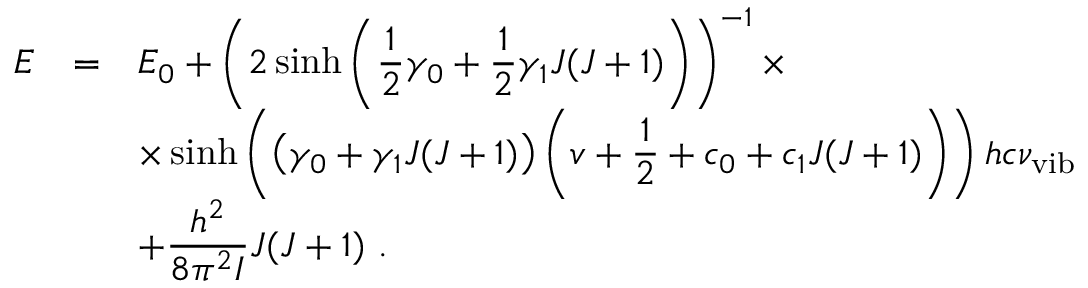
\begin{array} { r c l } { { E } } & { { = } } & { { E _ { 0 } + \left( \displaystyle 2 \sinh \left( { \frac { 1 } { 2 } } \gamma _ { 0 } + { \frac { 1 } { 2 } } \gamma _ { 1 } J ( J + 1 ) \right) \right) ^ { - 1 } \times } } \\ { { } } & { { } } & { { \times \sinh \left( \left( \displaystyle \gamma _ { 0 } + \gamma _ { 1 } J ( J + 1 ) \right) \left( v + { \frac { \displaystyle 1 } { \displaystyle 2 } } + c _ { 0 } + c _ { 1 } J ( J + 1 ) \right) \right) h c \nu _ { \mathrm { v i b } } } } \\ { { } } & { { } } & { { + \displaystyle \frac { h ^ { 2 } } { 8 \pi ^ { 2 } I } J ( J + 1 ) ~ . } } \end{array}